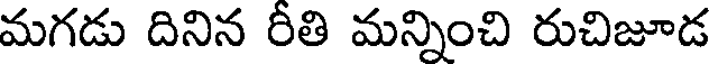
మగడు దినిన రీతి మన్నించి రుచిజూడ